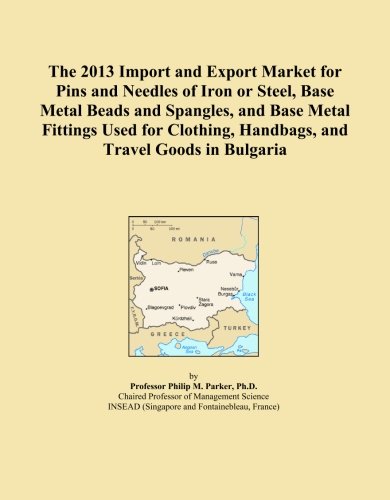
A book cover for The 2013 Import and Export Market for Pins and Needles of Iron or Steel, Base Metal Beads and Spangles, and Base Metal Fittings Used for Clothing, Handbags, and Travel Goods in Bulgaria; Icon Group International; Travel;